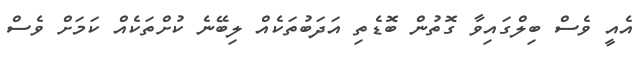
އެއީ ވެސް ބިލްގައިވާ ގޮތުން ބޮޑެތި އަދަބުތަކެއް ލިބޭނެ ކުށްތަކެއް ކަމަށް ވެސް